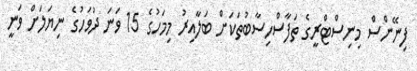
ފިނޭންސް މިނިސްޓްރީގެ ތަފާސްހިސާބުތަކަށް ބަލާއިރު މިމަހުގެ 15 ވަނަ ދުވަހުގެ ނިޔަލަށް ވަނީ